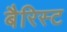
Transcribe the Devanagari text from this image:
बैरिस्ट